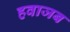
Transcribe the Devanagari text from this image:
हवाजब